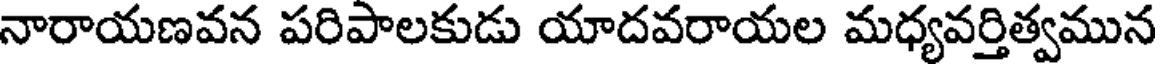
నారాయణవన పరిపాలకుడు యాదవరాయల మధ్యవర్తిత్వమున